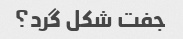
جفت شکل گرد؟